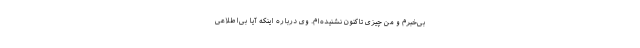
بی‌خبرم و من چیزی تاکنون نشنیده‌ام. وی درباره اینکه آیا بی‌اطلاعی